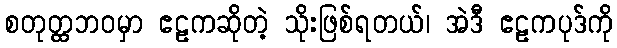
စတုတ္ထဘဝမှာ ဧဠကဆိုတဲ့ သိုးဖြစ်ရတယ်၊ အဲဒီ ဧဠကပုဒ်ကို